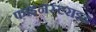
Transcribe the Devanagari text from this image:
फाइनस्टराइड